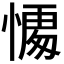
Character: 𭞥